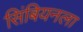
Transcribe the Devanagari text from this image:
सिंबियनला